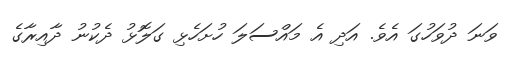
ވަނަ ދުވަހުގަ އެވެ. އަދި އެ މައްސަލަ ހުށަހެޅި ގަލޮޅު ދެކުނު ދާއިރާގެ